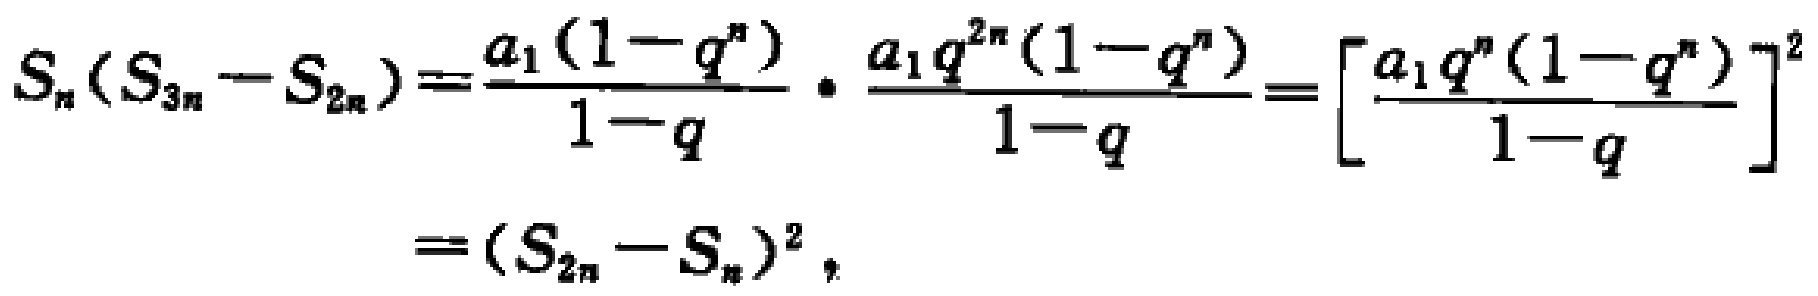
\[
\begin{align*}
S_{n}(S_{3n}-S_{2n})&=\frac{a_{1}(1 - q^{n})}{1 - q}\cdot\frac{a_{1}q^{2n}(1 - q^{n})}{1 - q}=\left[\frac{a_{1}q^{n}(1 - q^{n})}{1 - q}\right]^{2}\\
&=(S_{2n}-S_{n})^{2},
\end{align*}
\]